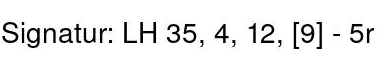
Signatur: LH 35, 4,12,[9]-5r